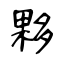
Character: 夥